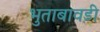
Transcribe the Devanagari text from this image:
भुताबावड़ी